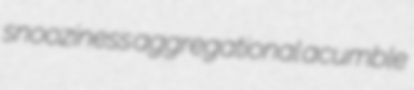
snooziness aggregational acumble